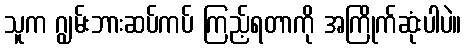
သူက ဂျွမ်းဘားဆပ်ကပ် ကြည့်ရတာကို အကြိုက်ဆုံးပါပဲ။